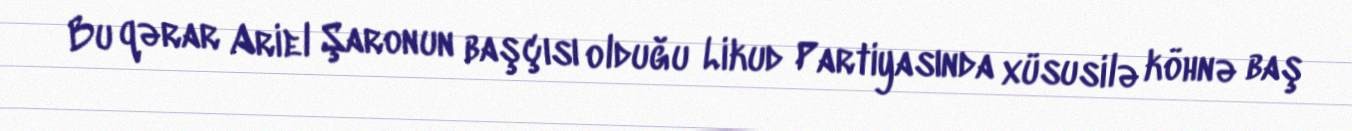
Bu qərar Ariel Şaronun başçısı olduğu Likud Partiyasında xüsusilə köhnə baş